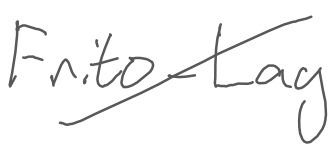
Text: Frito-Lay
Cross-out: mix
Writing tool: digital_gray